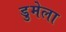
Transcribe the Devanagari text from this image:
डुमेला